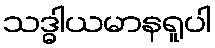
သဒ္ဓါယမာနရူပါ